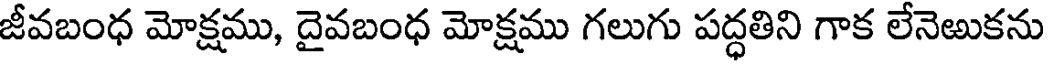
జీవబంధ మోక్షము, దైవబంధ మోక్షము గలుగు పద్ధతిని గాక లేనెఱుకను